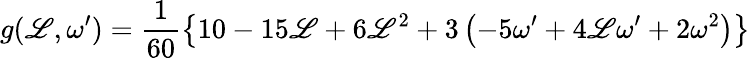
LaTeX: g(\mathscr{L},\omega^{\prime})=\frac{{1}}{{60}}\left\{ 10-15\mathscr{L}+6\mathscr{L}^{2}+3\left(-5\omega^{\prime}+4\mathscr{L}\omega^{\prime}+2\omega^{2}\right)\right\}